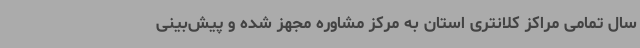
سال تمامی مراکز کلانتری استان به مرکز مشاوره مجهز شده و پیش‌بینی